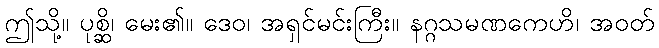
ဤသို့။ ပုစ္ဆိ၊ မေး၏။ ဒေဝ၊ အရှင်မင်းကြီး။ နဂ္ဂသမဏကေဟိ၊ အဝတ်